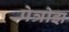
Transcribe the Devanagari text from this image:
पेत्रोझ